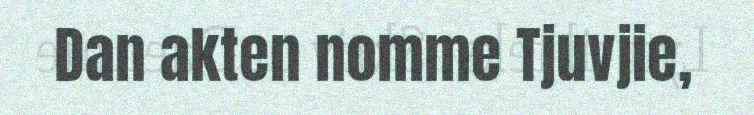
Dan akten nomme Tjuvjie,